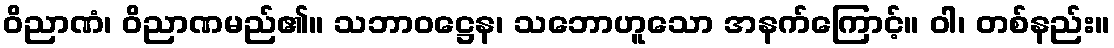
ဝိညာဏံ၊ ဝိညာဏမည်၏။ သဘာဝဋ္ဌေန၊ သဘောဟူသော အနက်ကြောင့်။ ဝါ၊ တစ်နည်း။